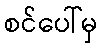
စင်ပေါ်မှ